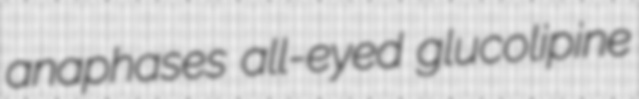
anaphases all-eyed glucolipine